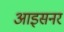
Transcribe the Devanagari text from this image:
आइसनर